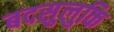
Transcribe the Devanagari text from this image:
बदसुलुकि